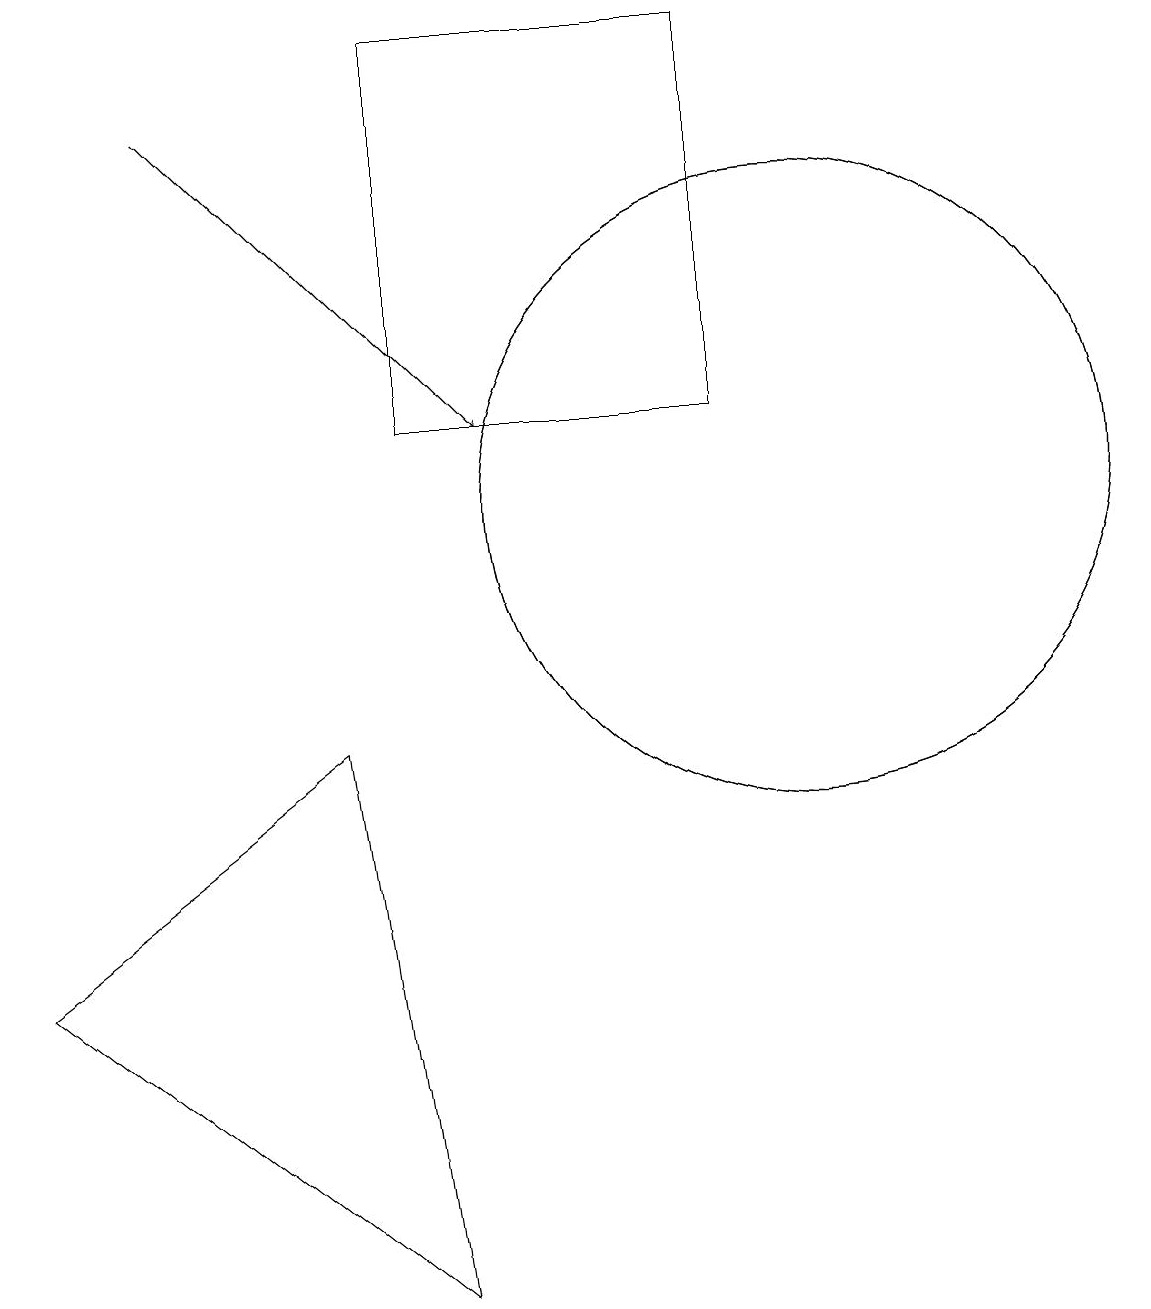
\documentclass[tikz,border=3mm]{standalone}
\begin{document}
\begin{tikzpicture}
\draw (0,5) -- (5,1) -- (4,8) -- cycle;
\draw (10,11) circle (4);
\draw (5,12) rectangle (9,17);
\draw (10,11) circle (4);
\draw[->] (2,16) -- (6,12);
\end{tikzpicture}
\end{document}